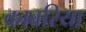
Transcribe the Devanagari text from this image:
काबरिया